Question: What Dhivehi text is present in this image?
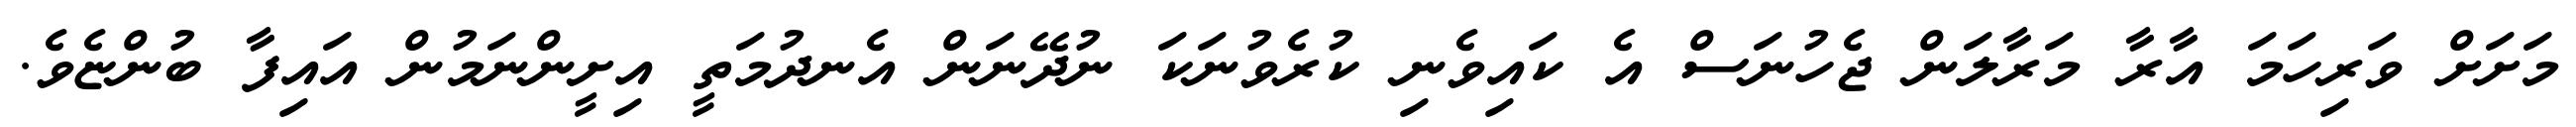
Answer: މަށަށް ވަރިހަމަ އާރާ މަރާލަން ޖެހުނަސް އެ ކައިވެނި ކުރެވުނަކަ ނުދޭނަން އެނދުމަތީ އިށީންނަމުން އައިފާ ބުންޏެވެ.